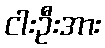
ငါးဦးအား